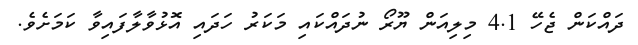
ދައްކަން ޖެހޭ 4.1 މިލިއަން ޔޫރޯ ނުދައްކައި މަކަރު ހަދައި އޮޅުވާލާފައިވާ ކަމަށެވެ.